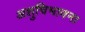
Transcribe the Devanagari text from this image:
अशुचिभावना